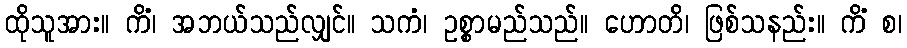
ထိုသူအား။ ကိံ၊ အဘယ်သည်လျှင်။ သကံ၊ ဥစ္စာမည်သည်။ ဟောတိ၊ ဖြစ်သနည်း။ ကိံ စ၊